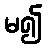
မ၍